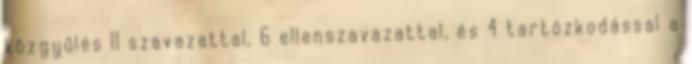
közgyűlés 11 szavazattal, 6 ellenszavazattal, és 4 tartózkodással a